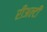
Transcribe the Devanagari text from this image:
रीअल्टी